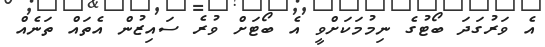
އެ ވަރުގަދަ ބޯޓުގެ ނިމުމަކަށްވީ އެ ބޯޓަށް ވުރެ ސައިޒުން އެތައް ތަނެއް